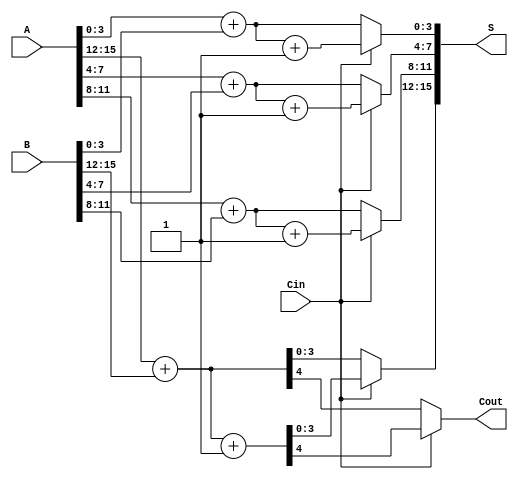
module StaticCarrySelectAdder #(
    parameter n = 16,  // Total number of bits
    parameter m = 4    // Segment size
)(
    input [n-1:0] A,   // First n-bit input
    input [n-1:0] B,   // Second n-bit input
    input Cin,         // Carry-in
    output [n-1:0] S,  // n-bit sum output
    output Cout        // Carry-out
);

    // Number of segments
    localparam num_segments = n / m;

    // Internal wires for sums and carries
    wire [m-1:0] Sum_0[num_segments-1:0]; // Sums assuming Cin = 0
    wire [m-1:0] Sum_1[num_segments-1:0]; // Sums assuming Cin = 1
    wire C0[num_segments-1:0];             // Carry-out assuming Cin = 0
    wire C1[num_segments-1:0];             // Carry-out assuming Cin = 1
    wire [num_segments-1:0] carry;         // Carry from each segment

    // Generate the segments
    genvar i;
    generate
        for (i = 0; i < num_segments; i = i + 1) begin : segment
            // Calculate the index for the current segment
            wire [m-1:0] A_seg = A[(i*m) +: m];
            wire [m-1:0] B_seg = B[(i*m) +: m];

            // Full adder logic for Sum_0 and Sum_1
            assign {C0[i], Sum_0[i]} = A_seg + B_seg;                 // Sum with Cin = 0
            assign {C1[i], Sum_1[i]} = A_seg + B_seg + 1'b1;        // Sum with Cin = 1
        end
    endgenerate

    // MUX logic to select the correct sum and carry based on Cin
    generate
        for (i = 0; i < num_segments; i = i + 1) begin : mux
            assign S[(i*m) +: m] = (Cin) ? Sum_1[i] : Sum_0[i];
            assign carry[i] = (Cin) ? C1[i] : C0[i];
        end
    endgenerate

    // Final carry-out calculation
    assign Cout = carry[num_segments-1];

endmodule